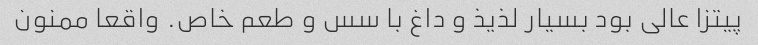
پیتزا عالی بود بسیار لذیذ و داغ با سس و طعم خاص. واقعا ممنون